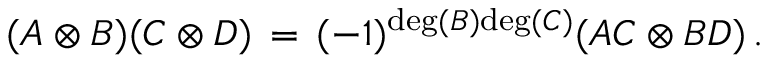
( A \otimes B ) ( C \otimes D ) \, = \, ( - 1 ) ^ { \mathrm { d e g } ( B ) \mathrm { d e g } ( C ) } ( A C \otimes B D ) \, .